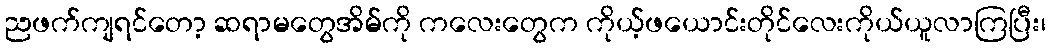
ညဖက်ကျရင်တော့ ဆရာမတွေအိမ်ကို ကလေးတွေက ကိုယ့်ဖယောင်းတိုင်လေးကိုယ်ယူလာကြပြီး၊